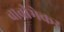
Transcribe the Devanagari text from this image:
चावीमेकर